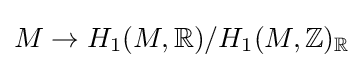
M\to H_{1}(M,\mathbb {R} )/H_{1}(M,\mathbb {Z} )_{\mathbb {R} }